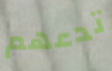
تدعهم